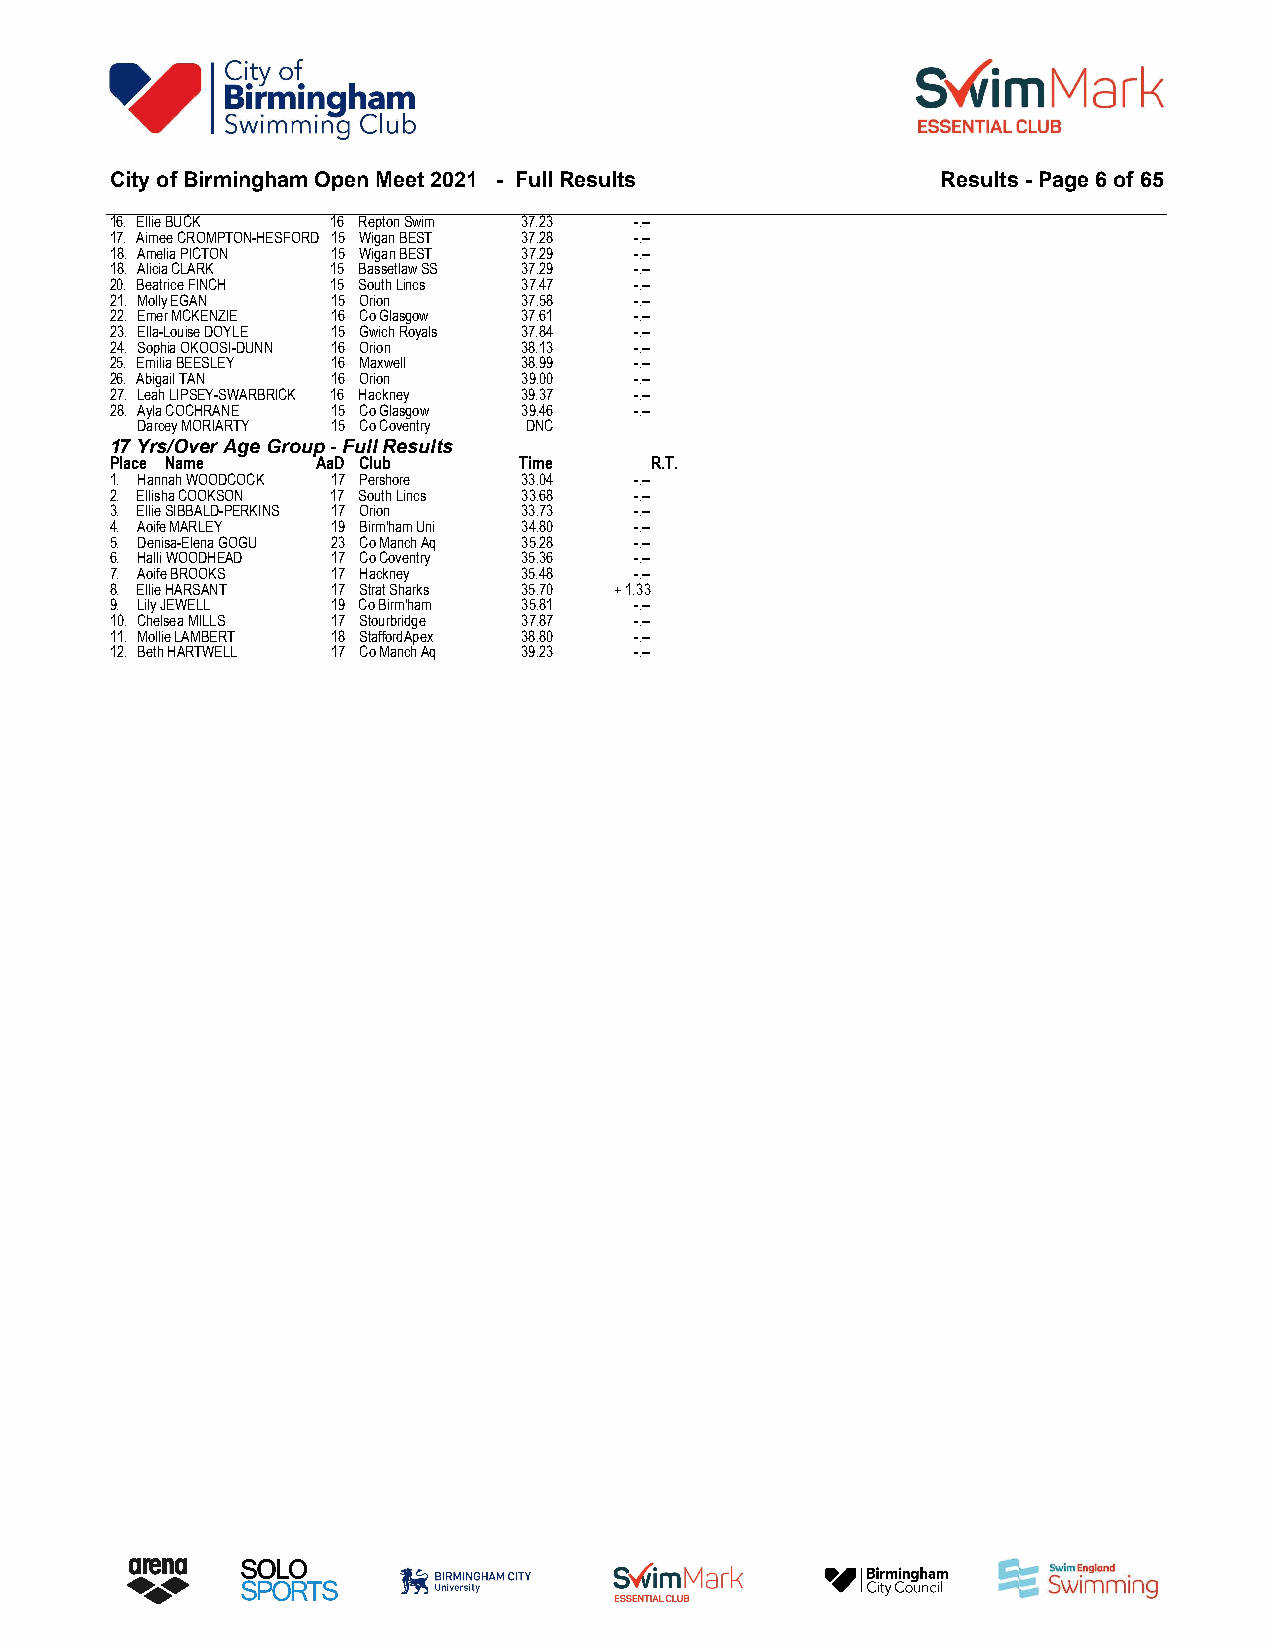
City of Birmingham Open Meet 2021 - Full Results       Results - Page 6 of 65
 16. Ellie BUCK 16 Repton Swim 37.23 -.--
 17. Aimee CROMPTON-HESFORD 15 Wigan BEST 37.28 -.--
 18. Amelia PICTON 15 Wigan BEST 37.29 -.--
 18. Alicia CLARK 15 Bassetlaw SS 37.29 -.--
 20. Beatrice FINCH 15 South Lincs 37.47 -.--
 21. Molly EGAN 15 Orion     37.58  -.--
 22. Emer MCKENZIE 16 Co Glasgow 37.61 -.--
 23. Ella-Louise DOYLE 15 Gwich Royals 37.84 -.--
 24. Sophia OKOOSI-DUNN 16 Orion 38.13 -.--
 25. Emilia BEESLEY 16 Maxwell 38.99 -.--
 26. Abigail TAN 16 Orion    39.00  -.--
 27. Leah LIPSEY-SWARBRICK 16 Hackney 39.37 -.--
 28. Ayla COCHRANE 15 Co Glasgow 39.46 -.--
 Darcey MORIARTY 15 Co Coventry DNC
 17 Yrs/Over Age Group - Full Results
 Place Name    AaD Club     Time     R.T.
 1. Hannah WOODCOCK 17 Pershore 33.04 -.--
 2. Ellisha COOKSON 17 South Lincs 33.68 -.--
 3. Ellie SIBBALD-PERKINS 17 Orion 33.73 -.--
 4. Aoife MARLEY 19 Birm'ham Uni 34.80 -.--
 5. Denisa-Elena GOGU 23 Co Manch Aq 35.28 -.--
 6. Halli WOODHEAD 17 Co Coventry 35.36 -.--
 7. Aoife BROOKS 17 Hackney  35.48  -.--
 8. Ellie HARSANT 17 Strat Sharks 35.70 + 1.33
 9. Lily JEWELL 19 Co Birm'ham 35.81 -.--
 10. Chelsea MILLS 17 Stourbridge 37.87 -.--
 11. Mollie LAMBERT 18 StaffordApex 38.80 -.--
 12. Beth HARTWELL 17 Co Manch Aq 39.23 -.--